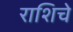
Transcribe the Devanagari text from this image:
राशिचे